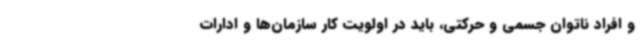
و افراد ناتوان جسمی و حرکتی، باید در اولویت کار سازمان‌ها و ادارات